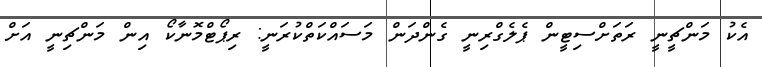
އެކު މަންޗީނީ ރަތަށްސިޓީން ޕެލެގްރިނީ ގެންދަން މަސައްކަތްކުރަނީ: ރިޕޯޓްމޮނާކޯ އިން މަންޗިނީ އަށް